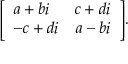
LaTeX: { \left[ \begin{array} { l l } { a + b i } & { c + d i } \\ { - c + d i } & { a - b i } \end{array} \right] } .